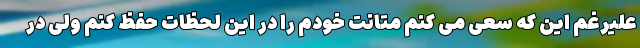
علیرغم این که سعی می کنم متانت خودم را در این لحظات حفظ کنم ولی در